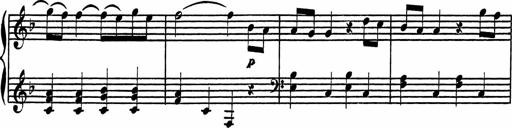
Title: 4 Piano Sonatinas
Composer: Adam Geibel